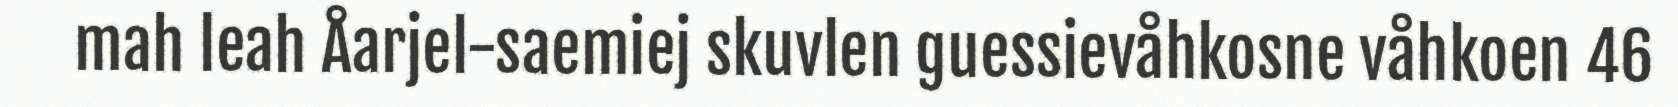
mah leah Åarjel-saemiej skuvlen guessievåhkosne våhkoen 46